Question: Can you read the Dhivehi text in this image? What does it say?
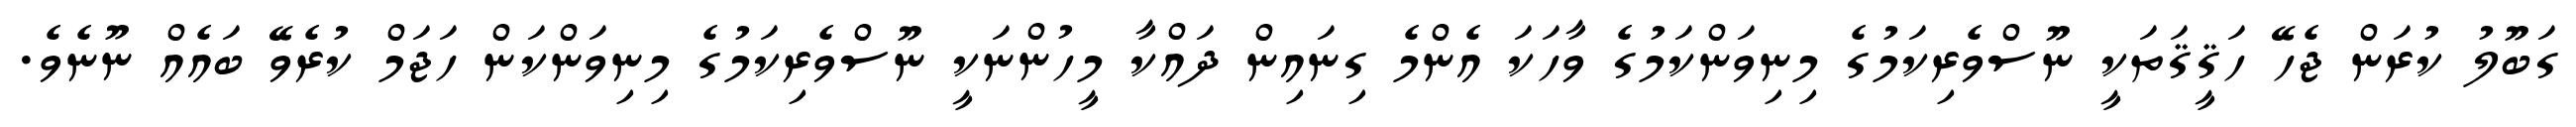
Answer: ގަބޫލު ކުރަން ޖެހޭ ހަޤީޤަތަކީ ނޫސްވެރިކަމުގެ މިނިވަންކަމުގެ ވާހަކަ އެންމެ ގިނައިން ދައްކާ މީހުންނަކީ ނޫސްވެރިކަމުގެ މިނިވަންކަން ހަޖަމް ކުރެވޭ ބައެއް ނޫނެވެ.